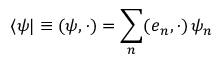
\langle \psi | \equiv ( { \boldsymbol { \psi } } , \cdot ) = \sum _ { n } ( { \boldsymbol { e } } _ { n } , \cdot ) \, \psi _ { n }